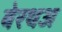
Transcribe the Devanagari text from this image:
बेरथअ